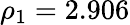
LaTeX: \rho_{1}=2.906